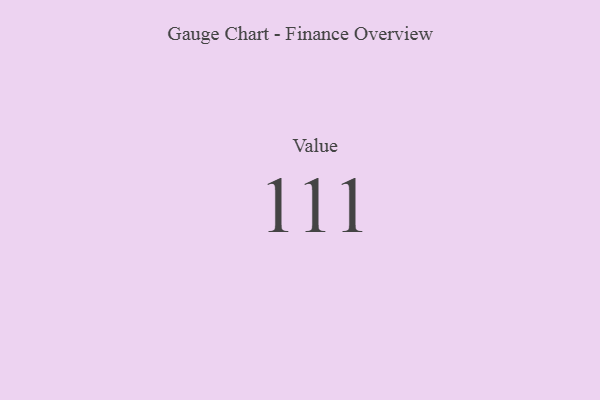
{"axis": {"x": "Metric", "y": "Value"}, "legend": [""], "data": [{"x": "Value", "y": 111, "type": ""}]}